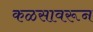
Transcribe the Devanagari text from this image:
कळसावरून